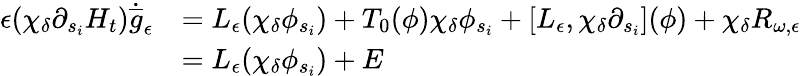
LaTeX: \begin{array}{rl}{\epsilon(\chi_{\delta}\partial_{s_{i}}H_{t})\dot{\overline{{g}}}_{\epsilon}}&{=L_{\epsilon}(\chi_{\delta}\phi_{s_{i}})+T_{0}(\phi)\chi_{\delta}\phi_{s_{i}}+[L_{\epsilon},\chi_{\delta}\partial_{s_{i}}](\phi)+\chi_{\delta}R_{\omega,\epsilon}}\\ &{=L_{\epsilon}(\chi_{\delta}\phi_{s_{i}})+E}\end{array}